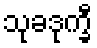
သုခဒုက္ခီ